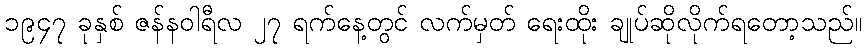
၁၉၄၇ ခုနှစ် ဇန်နဝါရီလ ၂၇ ရက်နေ့တွင် လက်မှတ် ရေးထိုး ချုပ်ဆိုလိုက်ရတော့သည်။